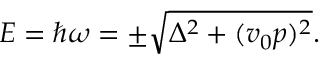
\begin{array} { r } { E = \hbar \omega = \pm \sqrt { \Delta ^ { 2 } + ( v _ { 0 } p ) ^ { 2 } } . } \end{array}